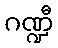
ဂဏ္ဍီ